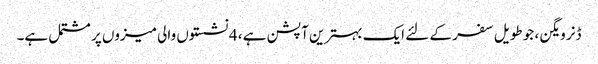
ڈنر ویگن ، جو طویل سفر کے لئے ایک بہترین آپشن ہے ، 4 نشستوں والی میزوں پر مشتمل ہے۔